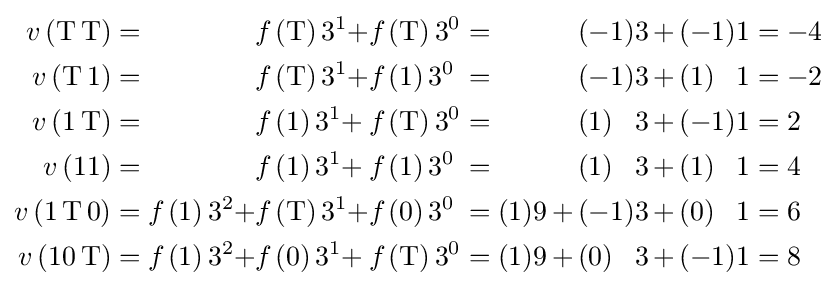
{\begin{alignedat}{10}v\left(\operatorname {T} \operatorname {T} \right)&=&&f_{}\left(\operatorname {T} \right)3^{1}+&&f_{}\left(\operatorname {T} \right)3^{0}&&=&&(-1)&&3&&\,+\,&&(-1)&&1&&=-4\\v\left(\operatorname {T} 1\right)&=&&f_{}\left(\operatorname {T} \right)3^{1}+&&f_{}\left(1\right)3^{0}&&=&&(-1)&&3&&\,+\,&&(1)&&1&&=-2\\v\left(1\operatorname {T} \right)&=&&f_{}\left(1\right)3^{1}+&&f_{}\left(\operatorname {T} \right)3^{0}&&=&&(1)&&3&&\,+\,&&(-1)&&1&&=2\\v\left(11\right)&=&&f_{}\left(1\right)3^{1}+&&f_{}\left(1\right)3^{0}&&=&&(1)&&3&&\,+\,&&(1)&&1&&=4\\v\left(1\operatorname {T} 0\right)&=f_{}\left(1\right)3^{2}+&&f_{}\left(\operatorname {T} \right)3^{1}+&&f_{}\left(0\right)3^{0}&&=(1)9\,+\,&&(-1)&&3&&\,+\,&&(0)&&1&&=6\\v\left(10\operatorname {T} \right)&=f_{}\left(1\right)3^{2}+&&f_{}\left(0\right)3^{1}+&&f_{}\left(\operatorname {T} \right)3^{0}&&=(1)9\,+\,&&(0)&&3&&\,+\,&&(-1)&&1&&=8\\\end{alignedat}}